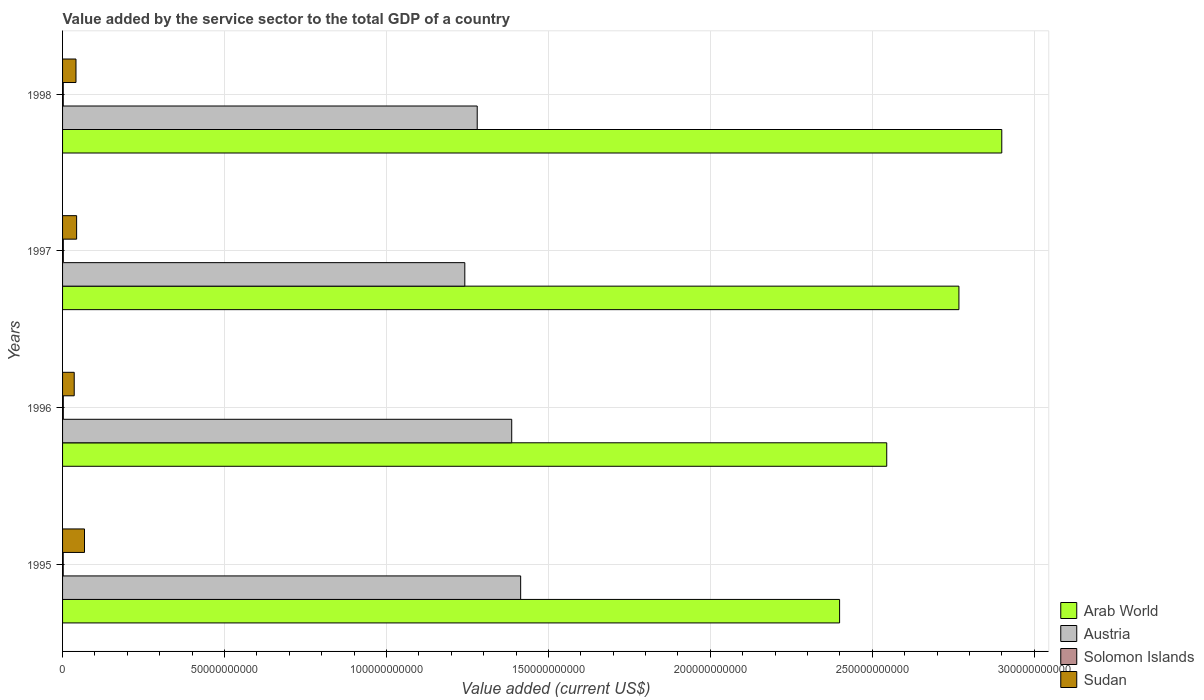
| Years | Arab World | Austria | Solomon Islands | Sudan |
 | --- | --- | --- | --- | --- |
 | 1995 | 2.4e+11 | 1.41e+11 | 2.01e+08 | 6.77e+09 |
 | 1996 | 2.54e+11 | 1.39e+11 | 2.31e+08 | 3.6e+09 |
 | 1997 | 2.77e+11 | 1.24e+11 | 2.37e+08 | 4.34e+09 |
 | 1998 | 2.9e+11 | 1.28e+11 | 2.17e+08 | 4.14e+09 |